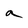
Character: a